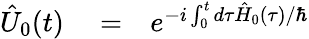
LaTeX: \begin{array}{rlr}{\hat{U}_{0}(t)}&{{}=}&{e^{-i\int_{0}^{t}d\tau\hat{H}_{0}(\tau)/\hbar}}\end{array}